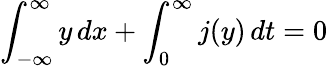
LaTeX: \int_{-\infty}^{\infty}y\, dx+\int_{0}^{\infty}j(y)\, dt=0